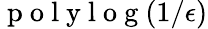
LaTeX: \mathrm{~p~o~l~y~l~o~g~}(1/\epsilon)